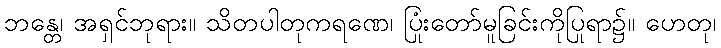
ဘန္တေ၊ အရှင်ဘုရား။ သိတပါတုကရဏေ၊ ပြုံးတော်မူခြင်းကိုပြုရာ၌။ ဟေတု၊